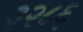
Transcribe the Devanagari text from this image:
३२८६